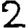
Digit: 2